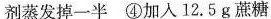
剂蒸发掉一半④加入12.5g蔗糖